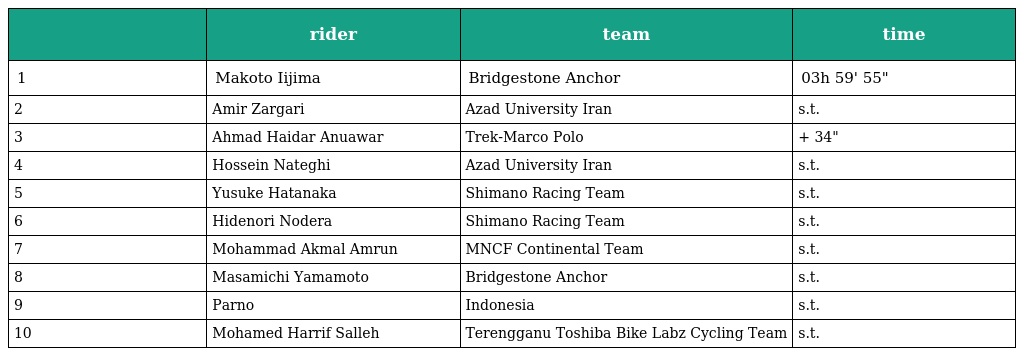
|  | rider | team | time |
 | --- | --- | --- | --- |
 | 1 | Makoto Iijima | Bridgestone Anchor | 03h 59' 55" |
 | 2 | Amir Zargari | Azad University Iran | s.t. |
 | 3 | Ahmad Haidar Anuawar | Trek-Marco Polo | + 34" |
 | 4 | Hossein Nateghi | Azad University Iran | s.t. |
 | 5 | Yusuke Hatanaka | Shimano Racing Team | s.t. |
 | 6 | Hidenori Nodera | Shimano Racing Team | s.t. |
 | 7 | Mohammad Akmal Amrun | MNCF Continental Team | s.t. |
 | 8 | Masamichi Yamamoto | Bridgestone Anchor | s.t. |
 | 9 | Parno | Indonesia | s.t. |
 | 10 | Mohamed Harrif Salleh | Terengganu Toshiba Bike Labz Cycling Team | s.t. |